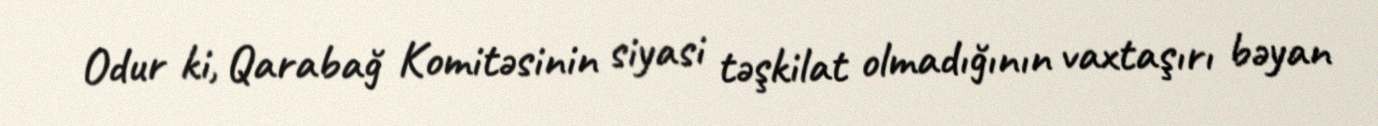
Odur ki, Qarabağ Komitəsinin siyasi təşkilat olmadığının vaxtaşırı bəyan